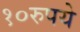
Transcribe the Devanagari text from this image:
१०रुपये